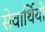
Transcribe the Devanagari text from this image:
सेवार्थियों